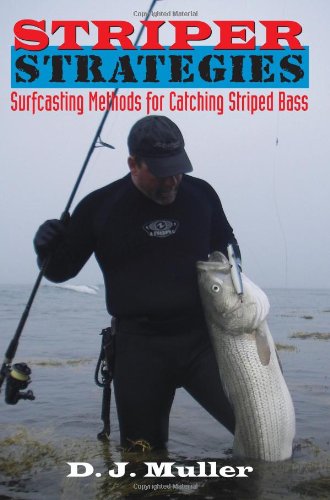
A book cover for Striper Strategies: Surfcasting Methods for Catching Striped Bass; D. J. Muller; Sports & Outdoors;